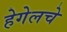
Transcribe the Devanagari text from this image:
हेगेलचे